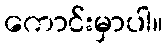
ကောင်းမှာပါ။